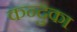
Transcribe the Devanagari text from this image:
कन्दुका